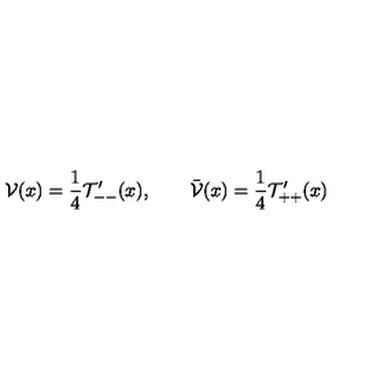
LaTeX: \mathcal V ( x ) = \frac { 1 } { 4 } \mathcal T _ { -- } ^ { \prime } ( x ) , \qquad \bar { \mathcal V } ( x ) = \frac { 1 } { 4 } \mathcal T _ { + + } ^ { \prime } ( x )